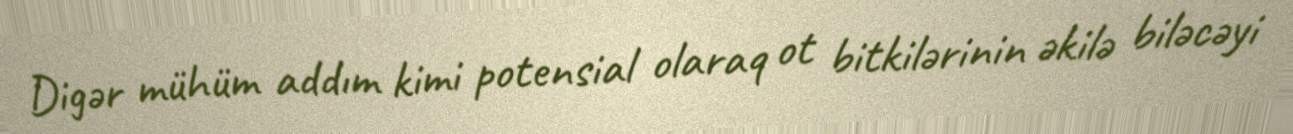
Digər mühüm addım kimi potensial olaraq ot bitkilərinin əkilə biləcəyi